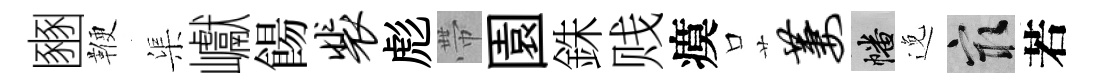
豳鞭渠巘餳裴彪帶園銖贱瘼口萋幡𨓜冣若